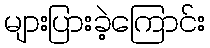
များပြားခဲ့ကြောင်း